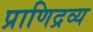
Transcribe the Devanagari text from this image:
प्राणिद्रव्य